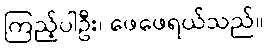
ကြည့်ပါဦး၊ ဖေဖေရယ်သည်။